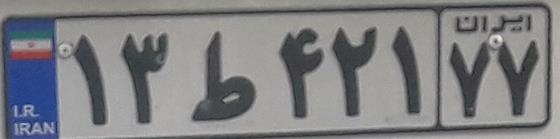
۱۳ط۴۲۱۷۷